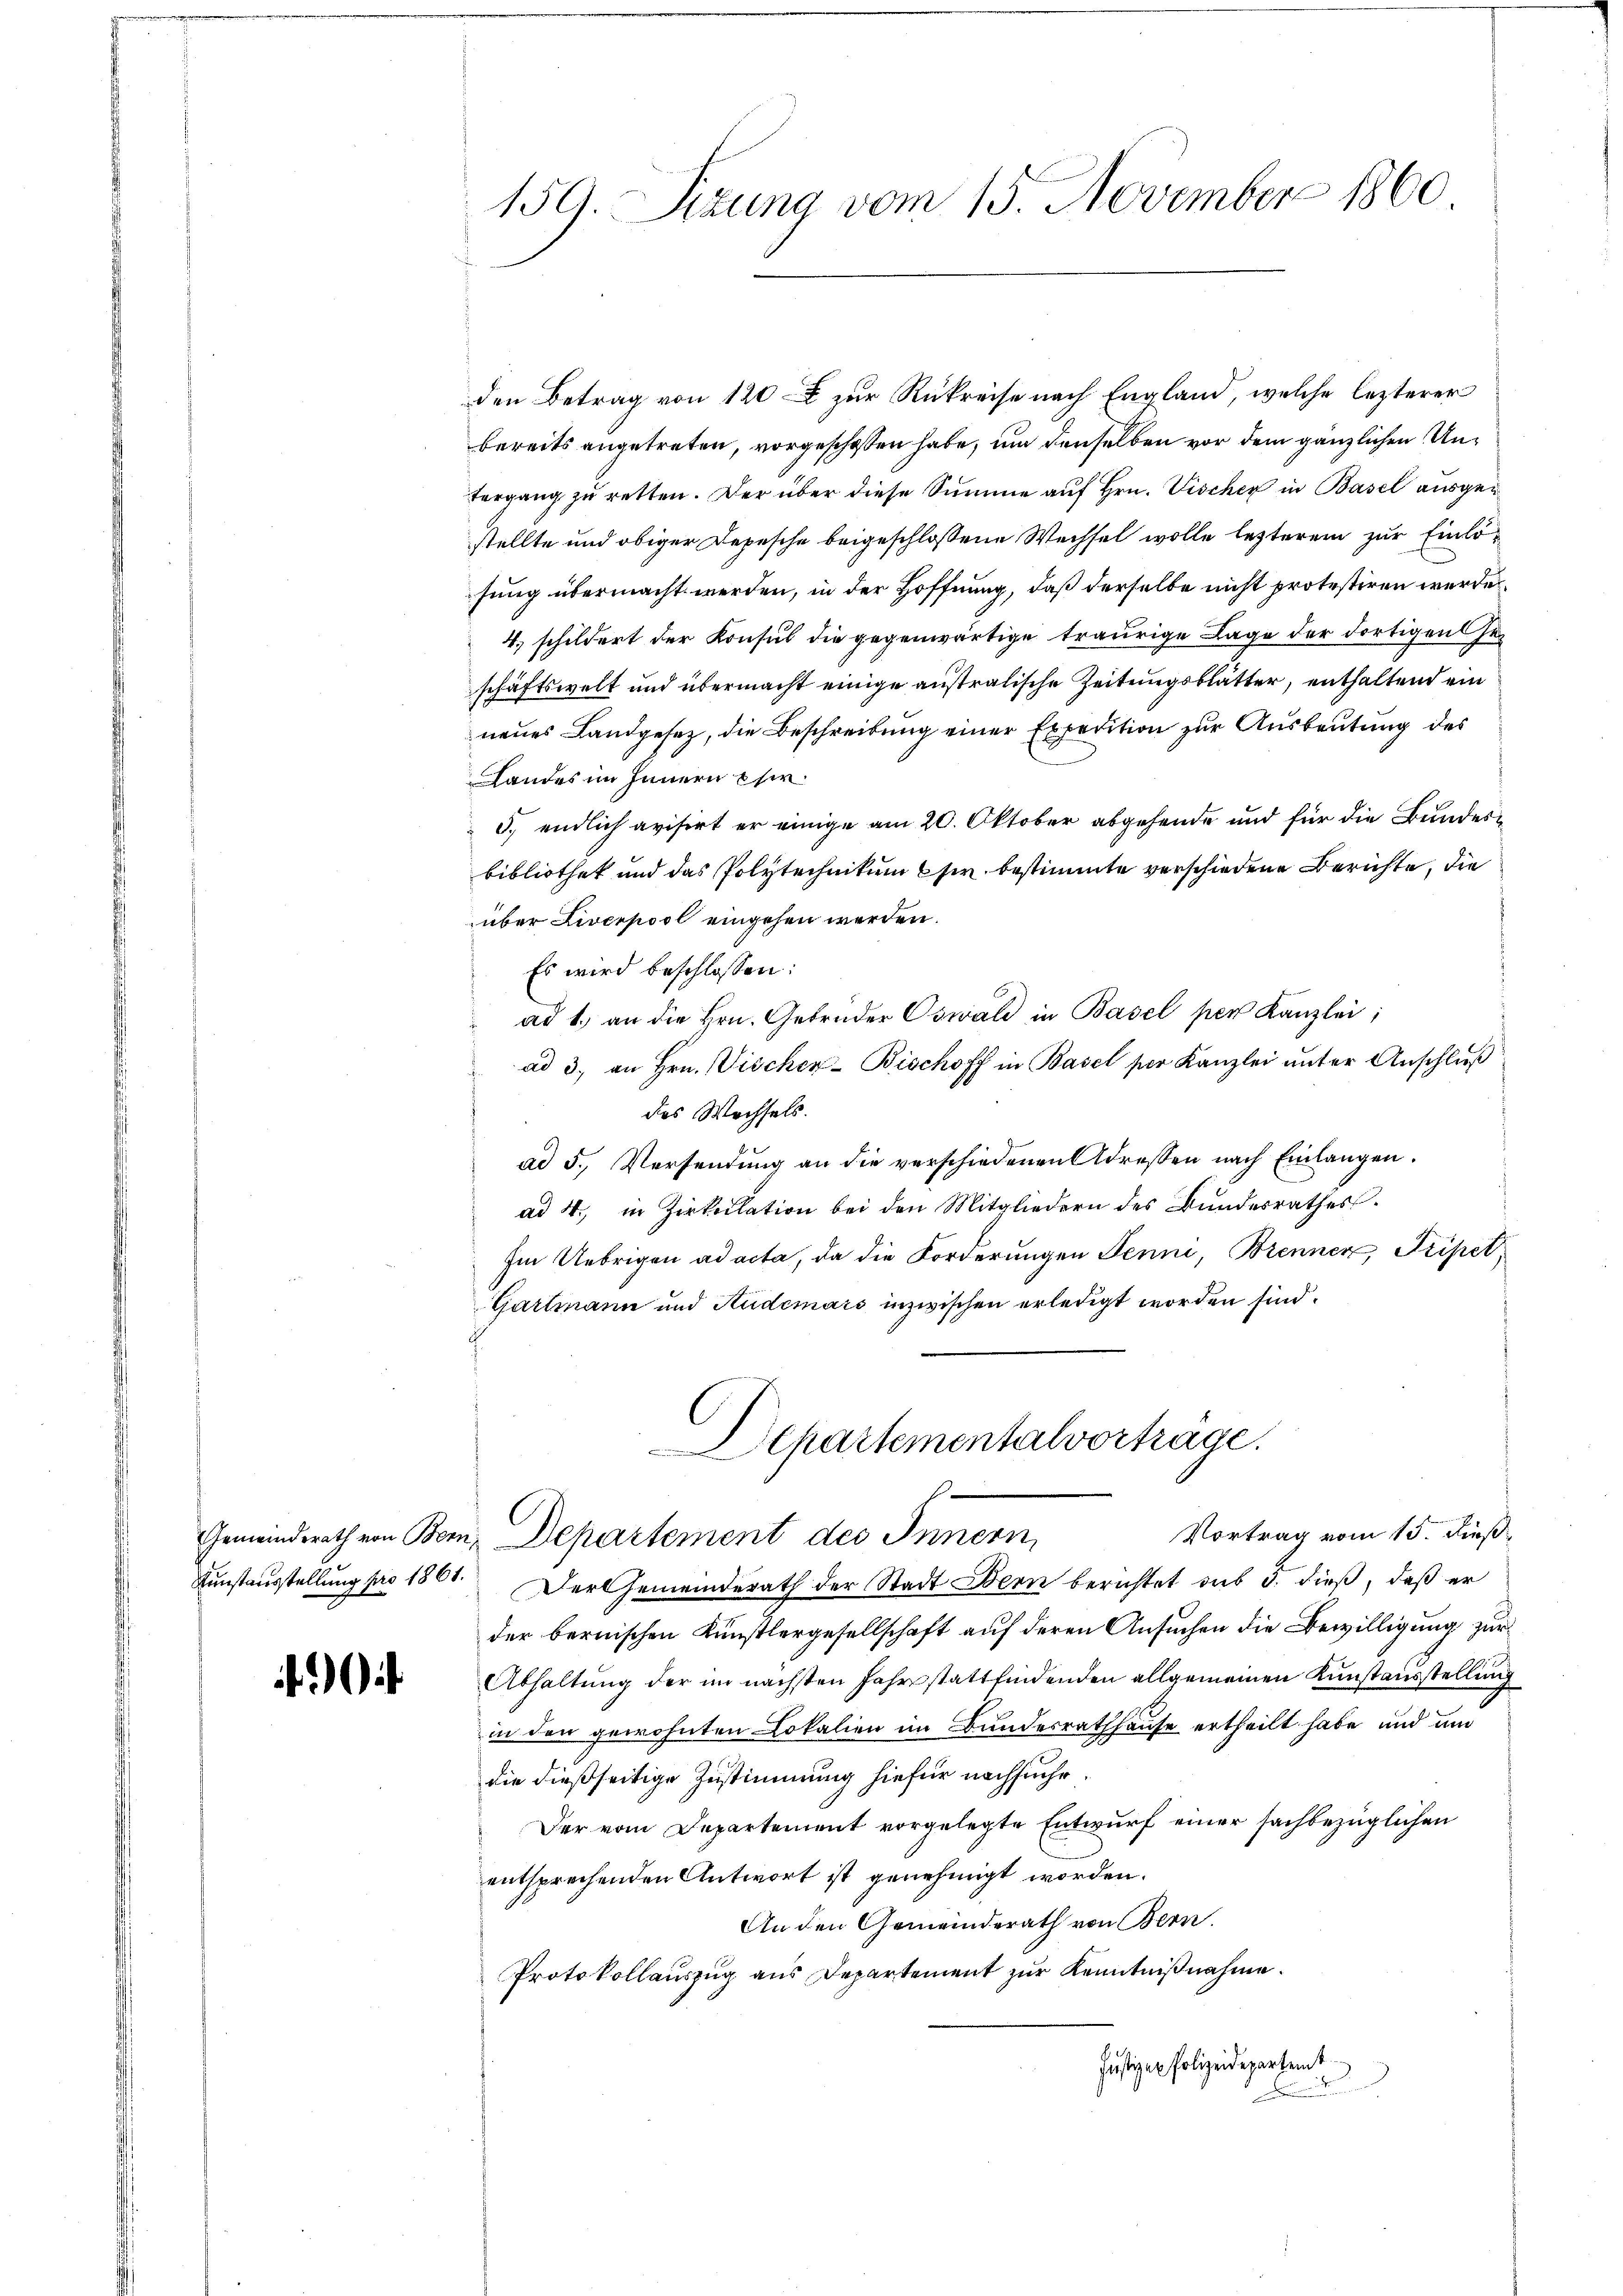
.

159. Sizung vom 15. November 1860

den Betrag von 120 zur Rükreise nach England, welche lezterer
bereits angetreten, vorgeschossen habe, um denselben vor dem gänzlichen Untergang zu retten. Der über diese Summe auf Hrn. Vischer in Basel ausgestellte und obiger Depesche beigeschlossene Wechsel wolle lezterem zur Einlösung übermacht werden, in der Hoffnung, daß derselbe nicht protestiren werde.
4. schildert der Konsul die gegenwärtige traurige Lage der dortigen Geschäftswelt und übermacht einige australische Zeitungsblätter, enthaltend ein
neues Landgesez, die Beschreibung einer Expedition zur Ausbeutung des
Landes im Innern eher.
5. endlich avisirt er einige am 20. Oktober abgehende und für die Bundesbibliothek und das Polytechnikum sie bestimmte verschiedene Berichte, die
über Liverpool eingehen werden.
Es wird beschlossen:
ad 1. an die Hrn. Gebrüder Oswald in Basel per Kanzlei
ad 3. an Hrn. Vischer-Bischoff in Basel für Kanzlei unter Anschluß
des Wechsels.
ad 5., Versendung an die verschiedenen Adressen nach Einlangen.
ad 4., in Zirkulation bei den Mitgliedern des Bundesrathes
Im Uebrigen ad acta, da die Forderungen Jenni, Brenner, Pripet
Gartmann und Audemars inzwischen erledigt worden sind.

epartementalvortrage.
Gemeindsrath von Bern, Departement des Innern,

Vortrag vom 15. dieß,
Kunstausstellung pro 1861. Der Gemeinderath der Stadt Bern berichtet sub 5. dieß, daß er
der bernischen Künstlergesellschaft auf deren Ansuchen die Bewilligung zur
Abhaltung der im nächsten Jahr stattfindenden allgemeinen Kunstausstellung
in den gewohnten Lokalien im Bundesrathhause ertheilt habe und und
die dießseitige Zustimmung hiefür nachsuche
Der vom Departement vorgelegte Entwurf einer sachbezüglichen
entsprechenden Antwort ist genehmigt worden.
An den Gemeinderath von Bern.
Protokollauszug aus Departement zur Kenntnißnahme.
Justizen Polizeidepartemt
.